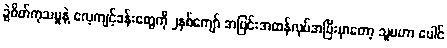
ခွဲစိတ်ကုသမှုနဲ့ လေ့ကျင့်ခန်းတွေကို ၂နှစ်ကျော် အပြင်းအထန်လုပ်အပြီးမှာတော့ သူမဟာ ပေါင်